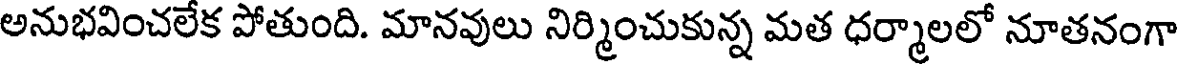
అనుభవించలేక పోతుంది. మానవులు నిర్మించుకున్న మత ధర్మాలలో నూతనంగా